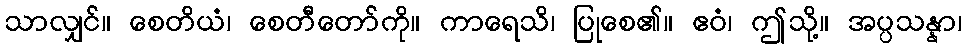
သာလျှင်။ စေတိယံ၊ စေတီတော်ကို။ ကာရေသိ၊ ပြုစေ၏။ ဧဝံ၊ ဤသို့။ အပ္ပသန္နာ၊